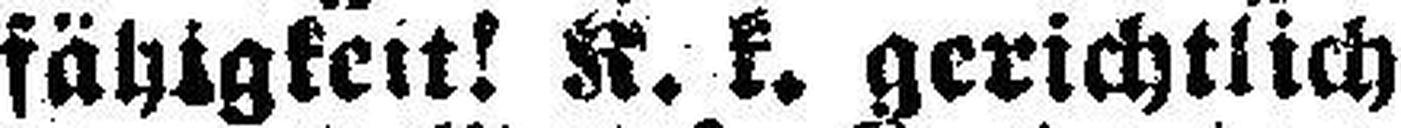
fähigkeit! K. k. gerichtlich